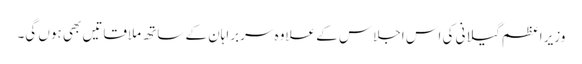
وزیر اعظم گیلانی کی اس اجلاس کے علاوہ سربراہان کے ساتھ ملاقاتیں بھی ہوں گی۔